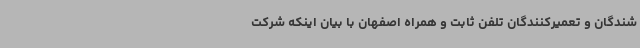
شندگان و تعمیرکنندگان تلفن ثابت و همراه اصفهان با بیان اینکه شرکت